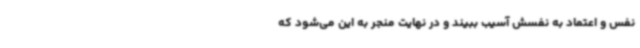
نفس و اعتماد به نفسش آسیب ببیند و در نهایت منجر به این می‌شود که